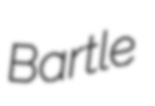
Bartle